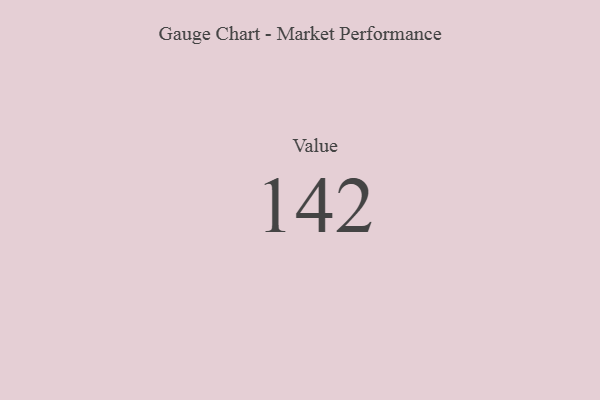
{"axis": {"x": "Metric", "y": "Value"}, "legend": [""], "data": [{"x": "Value", "y": 142, "type": ""}]}